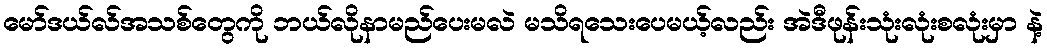
မော်ဒယ်လ်အသစ်တွေကို ဘယ်လိုနာမည်ပေးမလဲ မသိရသေးပေမယ့်လည်း အဲဒီဖုန်းသုံးလုံးစလုံးမှာ နဲ့